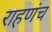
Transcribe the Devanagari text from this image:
राहणंच